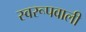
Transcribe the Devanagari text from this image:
स्वरूपवाली